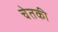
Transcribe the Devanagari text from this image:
चेतकी